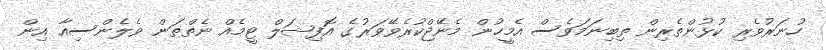
ހުނަރުވެރި ކުޅުންތެރިން ތިބިނަމަވެސް އެމީހުން މެނޭޖްކުރެވޭވަރުގެ އޮފިޝަލް ޓީމެއް ނެތްތަން ވެލެންސިއާ އިން